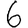
Digit: 6